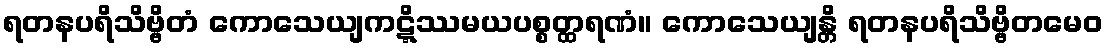
ရတနပရိသိဗ္ဗိတံ ကောသေယျကဋ္ဋိဿမယပစ္စတ္ထရဏံ။ ကောသေယျန္တိ ရတနပရိသိဗ္ဗိတမေဝ